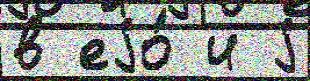
в еjо́ и j